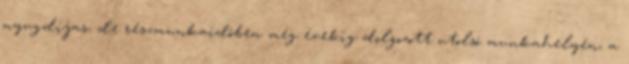
nyugdíjas, de részmunkaidôben még évekig dolgozott utolsó munkahelyén, a